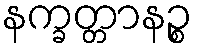
နက္ခတ္တာနဉ္စ